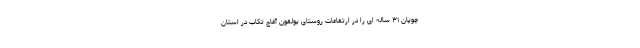
چوپان ۳۱ ساله ای را در ارتفاعات روستای یولقون آغاج تکاب در استان